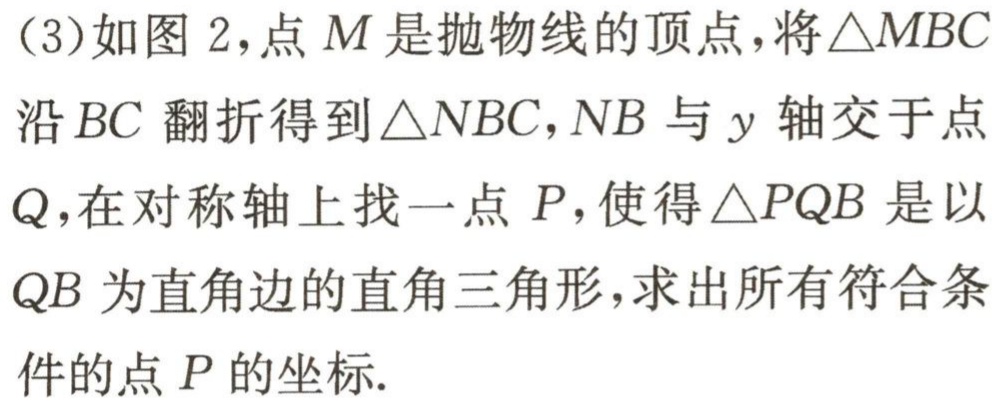
（3）如图 2，点\(M\)是抛物线的顶点，将\(\triangle MBC\)沿\(BC\)翻折得到\(\triangle NBC\)，\(NB\)与\(y\)轴交于点\(Q\)，在对称轴上找一点\(P\)，使得\(\triangle PQB\)是以\(QB\)为直角边的直角三角形，求出所有符合条件的点\(P\)的坐标.